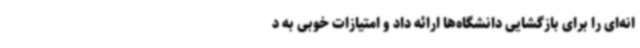
انه‌ای را برای بازگشایی دانشگاه‌ها ارائه داد و امتیازات خوبی به د